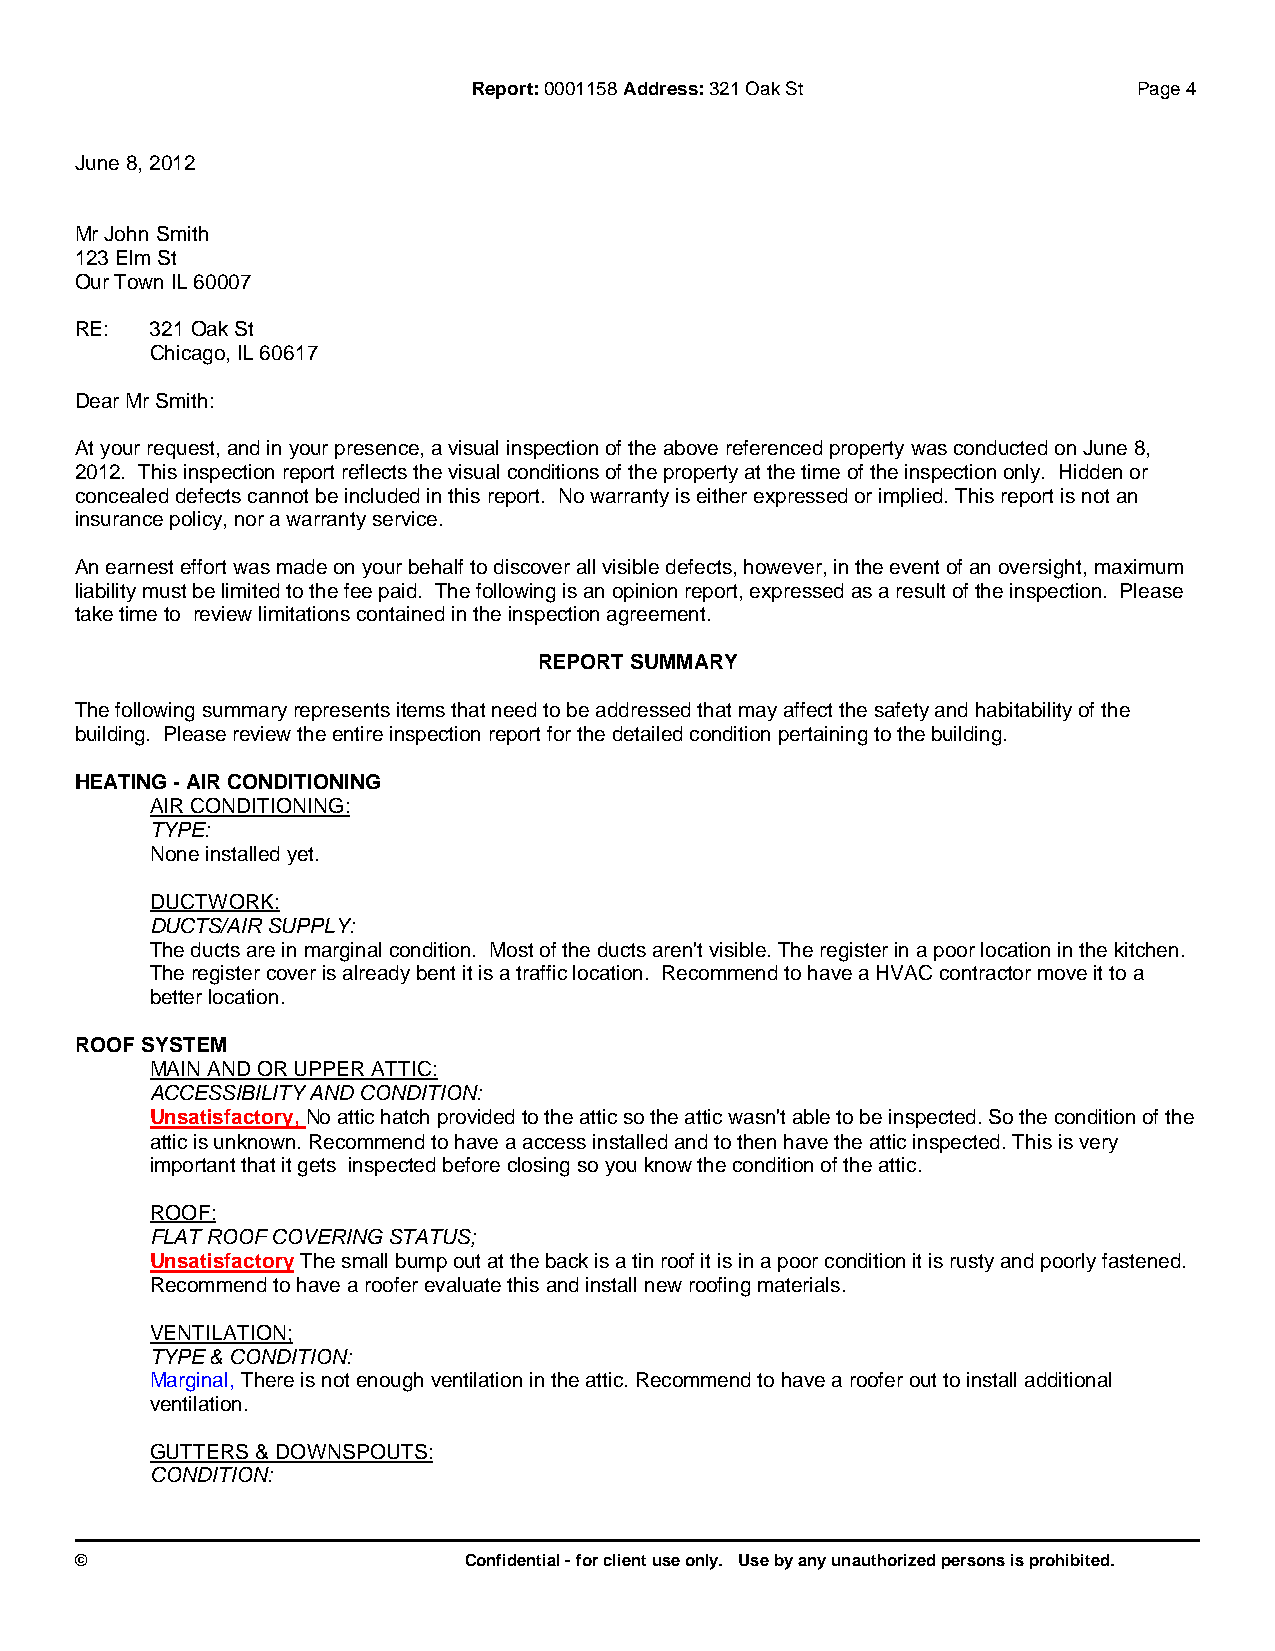
Report:0001158 Address:321 Oak St           Page 4
 June 8, 2012
 Mr John Smith
 123 Elm St
 Our Town IL 60007
 RE:  321 Oak St
 Chicago, IL 60617
 Dear Mr Smith:
 At your request, and in your presence, a visual inspection of the above referenced property was conducted on June 8,
 2012. This inspection report reflects the visual conditions of the property at the time of the inspection only. Hidden or
 concealed defects cannot be included in this report. No warranty is either expressed or implied. This report is not an
 insurance policy, nor a warranty service.
 An earnest effort was made on your behalf to discover all visible defects, however, in the event of an oversight, maximum
 liability must be limited to the fee paid. The following is an opinion report, expressed as a result of the inspection. Please
 take time to review limitations contained in the inspection agreement.
 REPORT SUMMARY
 The following summary represents items that need to be addressed that may affect the safety and habitability of the
 building. Please review the entire inspection report for the detailed condition pertaining to the building.
 HEATING - AIR CONDITIONING
 AIR CONDITIONING:
 TYPE:
 None installed yet.
 DUCTWORK:
 DUCTS/AIR SUPPLY:
 The ducts are in marginal condition. Most of the ducts aren't visible. The register in a poor location in the kitchen.
 The register cover is already bent it is a traffic location. Recommend to have a HVAC contractor move it to a
 better location.
 ROOF SYSTEM
 MAIN AND OR UPPER ATTIC:
 ACCESSIBILITY AND CONDITION:
 Unsatisfactory, No attic hatch provided to the attic so the attic wasn't able to be inspected. So the condition of the
 attic is unknown. Recommend to have a access installed and to then have the attic inspected. This is very
 important that it gets inspected before closing so you know the condition of the attic.
 ROOF:
 FLAT ROOF COVERING STATUS;
 UnsatisfactoryThe small bump out at the back is a tin roof it is in a poor condition it is rusty and poorly fastened.
 Recommend to have a roofer evaluate this and install new roofing materials.
 VENTILATION;
 TYPE & CONDITION:
 Marginal, There is not enough ventilation in the attic. Recommend to have a roofer out to install additional
 ventilation.
 GUTTERS & DOWNSPOUTS:
 CONDITION:
 ©                         Confidential - for client use only. Use by any unauthorized persons is prohibited.